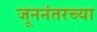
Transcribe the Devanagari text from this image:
जूननंतरच्या